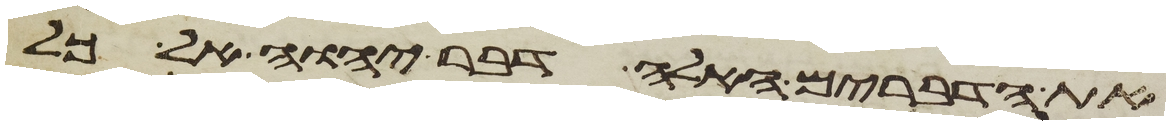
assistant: את הדברים האלה דבר יהוה אל כל